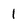
Character: 1